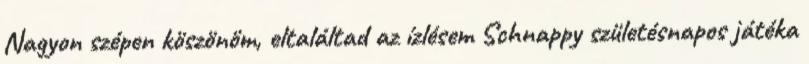
Nagyon szépen köszönöm, eltaláltad az ízlésem Schnappy születésnapos játéka